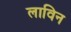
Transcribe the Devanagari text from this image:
लाविन